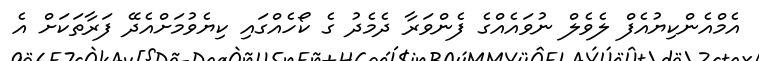
އެމްއެންކިޔުއެފް ލެވެލް ނުވައެއްގެ ފެންވަރާ ދެމެދު ގެ ކޯހެއްގައި ކިޔެވުމަށްއެދޭ ފަރާތަކަށް އެ